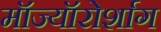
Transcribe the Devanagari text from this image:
मॉज्यॉरोर्शाग